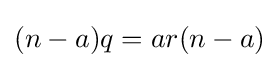
(n-a)q=ar(n-a)